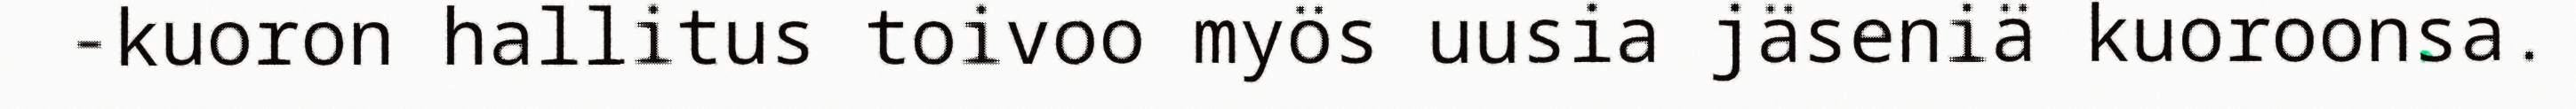
-kuoron hallitus toivoo myös uusia jäseniä kuoroonsa.